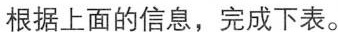
根据上面的信息，完成下表。